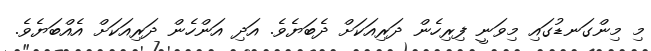
މި މިންގަނޑުގައި މިވަނީ ފިރިހެން ދަރިއަކަށް ދެބަޔެވެ. އަދި އަންހެން ދަރިއަކަށް އެއްބަޔެވެ.